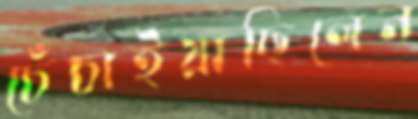
চেঁচাইয়াছিলেন